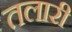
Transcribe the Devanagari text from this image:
तलारी